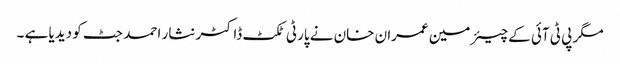
مگر پی ٹی آئی کے چیئرمین عمران خان نے پارٹی ٹکٹ ڈاکٹر نثار احمد جٹ کو دیدیا ہے ۔